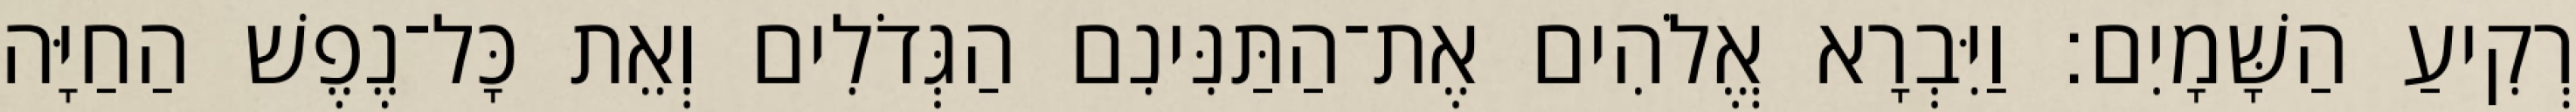
רְקִיעַ הַשָּׁמָיִם׃ וַיִּבְרָא אֱלֹהִים אֶת־הַתַּנִּינִם הַגְּדֹלִים וְאֵת כָּל־נֶפֶשׁ הַחַיָּה